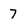
Character: 7